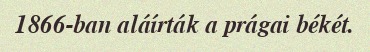
1866-ban aláírták a prágai békét.